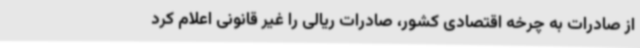
از صادرات به چرخه اقتصادی کشور، صادرات ریالی را غیر قانونی اعلام کرد